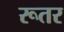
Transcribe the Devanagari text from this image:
रूतर